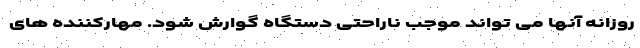
روزانه آنها می تواند موجب ناراحتی دستگاه گوارش شود. مهارکننده های